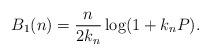
LaTeX: \begin{align*}B_1 (n) = \frac{n}{2 k_n } \log(1 + k_n P).\end{align*}